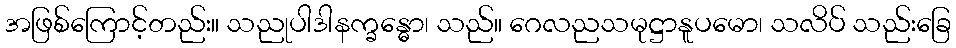
အဖြစ်ကြောင့်တည်း။ သညုပါဒါနက္ခန္ဓော၊ သည်။ ဂေလညသမုဋ္ဌာနူပမော၊ သလိပ် သည်းခြေ